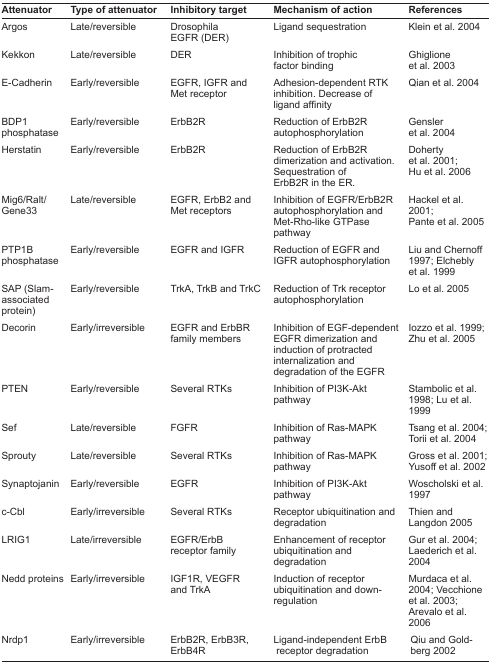
<table><thead><tr><td><b>Attenuator</b></td><td><b>Type of attenuator</b></td><td><b>Inhibitory target</b></td><td><b>Mechanism of action</b></td><td><b>References</b></td></tr></thead><tbody><tr><td>Argos</td><td>Late/reversible</td><td>Drosophila EGFR (DER)</td><td>Ligand sequestration</td><td>Klein et al. 2004</td></tr><tr><td>Kekkon</td><td>Late/reversible</td><td>DER</td><td>Inhibition of trophic factor binding</td><td>Ghiglione et al. 2003</td></tr><tr><td>E-Cadherin</td><td>Early/reversible</td><td>EGFR, IGFR and Met receptor</td><td>Adhesion-dependent RTK inhibition. Decrease of ligand affinity</td><td>Qian et al. 2004</td></tr><tr><td>BDP1 phosphatase</td><td>Early/reversible</td><td>ErbB2R</td><td>Reduction of ErbB2R autophosphorylation</td><td>Gensler et al. 2004</td></tr><tr><td>Herstatin</td><td>Early/reversible</td><td>ErbB2R</td><td>Reduction of ErbB2R dimerization and activation. Sequestration of ErbB2R in the ER.</td><td>Doherty et al. 2001; Hu et al. 2006</td></tr><tr><td>Mig6/Ralt/Gene33</td><td>Late/reversible</td><td>EGFR, ErbB2 and Met receptors</td><td>Inhibition of EGFR/ErbB2R autophosphorylation and Met-Rho-like GTPase pathway</td><td>Hackel et al. 2001; Pante et al. 2005</td></tr><tr><td>PTP1B phosphatase</td><td>Early/reversible</td><td>EGFR and IGFR</td><td>Reduction of EGFR and IGFR autophosphorylation</td><td>Liu and Chernoff 1997; Elchebly et al. 1999</td></tr><tr><td>SAP (Slam-associated protein)</td><td>Early/reversible</td><td>TrkA, TrkB and TrkC</td><td>Reduction of Trk receptor autophosphorylation</td><td>Lo et al. 2005</td></tr><tr><td>Decorin</td><td>Early/irreversible</td><td>EGFR and ErbBR family members</td><td>Inhibition of EGF-dependent EGFR dimerization and induction of protracted internalization and degradation of the EGFR</td><td>Iozzo et al. 1999; Zhu et al. 2005</td></tr><tr><td>PTEN</td><td>Early/reversible</td><td>Several RTKs</td><td>Inhibition of PI3K-Akt pathway</td><td>Stambolic et al. 1998; Lu et al. 1999</td></tr><tr><td>Sef</td><td>Late/reversible</td><td>FGFR</td><td>Inhibition of Ras-MAPK pathway</td><td>Tsang et al. 2004; Torii et al. 2004</td></tr><tr><td>Sprouty</td><td>Late/reversible</td><td>Several RTKs</td><td>Inhibition of Ras-MAPK pathway</td><td>Gross et al. 2001; Yusoff et al. 2002</td></tr><tr><td>Synaptojanin</td><td>Early/reversible</td><td>EGFR</td><td>Inhibition of PI3K-Akt pathway</td><td>Woscholski et al. 1997</td></tr><tr><td>c-Cbl</td><td>Early/irreversible</td><td>Several RTKs</td><td>Receptor ubiquitination and degradation</td><td>Thien and Langdon 2005</td></tr><tr><td>LRIG1</td><td>Late/irreversible</td><td>EGFR/ErbB receptor family</td><td>Enhancement of receptor ubiquitination and degradation</td><td>Gur et al. 2004; Laederich et al. 2004</td></tr><tr><td>Nedd proteins</td><td>Early/irreversible</td><td>IGF1R, VEGFR and TrkA</td><td>Induction of receptor ubiquitination and down-regulation</td><td>Murdaca et al. 2004; Vecchione et al. 2003; Arevalo et al. 2006</td></tr><tr><td>Nrdp1</td><td>Early/irreversible</td><td>ErbB2R, ErbB3R, ErbB4R</td><td>Ligand-independent ErbB receptor degradation</td><td>Qiu and Goldberg 2002</td></tr></tbody></table>